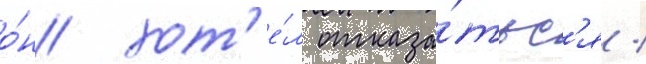
о́н хот'е́л отказа́тьс'я /